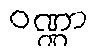
ဝဏ္ဏာ